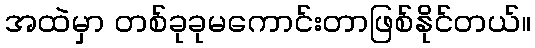
အထဲမှာ တစ်ခုခုမကောင်းတာဖြစ်နိုင်တယ်။